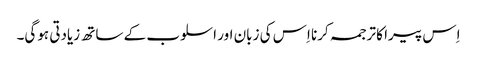
اِس پیرا کا ترجمہ کرنا اِس کی زبان اور اسلوب کے ساتھ زیادتی ہوگی۔